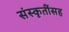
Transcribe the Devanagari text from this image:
संस्कृतींसह